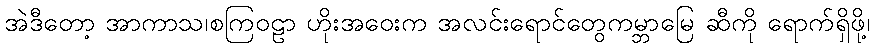
အဲဒီတော့ အာကာသ၊စကြဝဠာ ဟိုးအဝေးက အလင်းရောင်တွေကမ္ဘာမြေ ဆီကို ရောက်ရှိဖို့၊